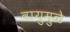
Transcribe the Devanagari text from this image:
वायुमुळे